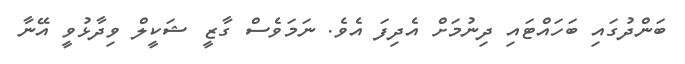
ބަންދުގައި ބަހައްޓައި ދިނުމަށް އެދިފަ އެވެ. ނަމަވެސް ގާޒީ ޝަކީލް ވިދާޅުވީ އޭނާ